Lunatic asylums Punjab 1911-1921 - 1911-1921
Year: 1911
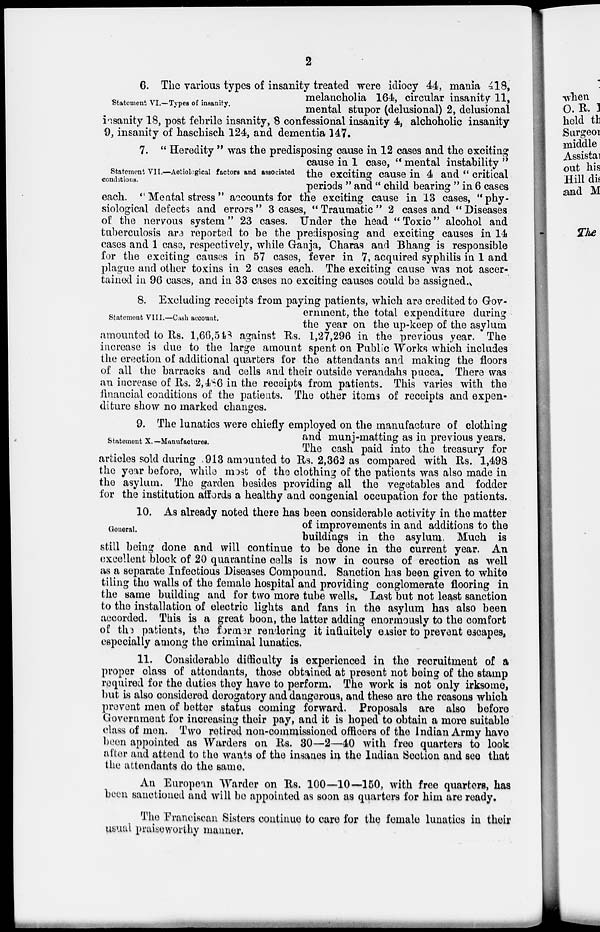
2
Statement VI.—Types of insanity.
6. The various types of insanity treated were idiocy 44, mania 418,
melancholia 164, circular insanity 11,
mental stupor (delusional) 2, delusional
insanity 18, post febrile insanity, 8 confessional insanity 4, alchoholic insanity
9, insanity of haschisch 124, and dementia 147.
Statement VII.—Aetiological factors and associated
conditions.
7. " Heredity " was the predisposing cause in 12 cases and the exciting
cause in 1 case, " mental instability "
the exciting cause in 4 and " critical
periods " and " child bearing " in 6 cases
each. "Mental stress" accounts for the exciting cause in 13 cases, "phy-
siological defects and errors" 3 cases, " Traumatic " 2 cases and " Diseases
of the nervous system" 23 cases. Under the head "Toxic" alcohol and
tuberculosis are reported to be the predisposing and exciting causes in 14
cases and 1 case, respectively, while Ganja, Charas and Bhang is responsible
for the exciting causes in 57 cases, fever in 7, acquired syphilis in 1 and
plague and other toxins in 2 cases each. The exciting cause was not ascer-
tained in 96 cases, and in 33 cases no exciting causes could be assigned.
Statement VIII.—Cash account.
8. Excluding receipts from paying patients, which are credited to Gov-
ernment, the total expenditure during
the year on the up-keep of the asylum
amounted to Rs. 1,66,543 against Rs. 1,27,296 in the previous year. The
increase is due to the large amount spent on Public Works which includes
the erection of additional quarters for the attendants and making the floors
of all the barracks and cells and their outside verandahs pucca. There was
an increase of Rs. 2,486 in the receipts from patients. This varies with the
financial conditions of the patients. The other items of receipts and expen-
diture show no marked changes.
Statement X.—Manufactures.
9. The lunatics were chiefly employed on the manufacture of clothing
and munj-matting as in previous years.
The cash paid into the treasury for
articles sold during 913 amounted to Rs. 2,362 as compared with Rs. 1,498
the year before, while most of the clothing of the patients was also made in
the asylum. The garden besides providing all the vegetables and fodder
for the institution affords a healthy and congenial occupation for the patients.
General.
10. As already noted there has been considerable activity in the matter
of improvements in and additions to the
buildings in the asylum. Much is
still being done and will continue to be done in the current year. An
excellent block of 20 quarantine cells is now in course of erection as well
as a separate Infectious Diseases Compound. Sanction has been given to white
tiling the walls of the female hospital and providing conglomerate flooring in
the same building and for two more tube wells. Last but not least sanction
to the installation of electric lights and fans in the asylum has also been
accorded. This is a great boon, the latter adding enormously to the comfort
of the patients, the former rendering it infinitely easier to prevent escapes,
especially among the criminal lunatics.
11. Considerable difficulty is experienced in the recruitment of a
proper class of attendants, those obtained at present not being of the stamp
required for the duties they have to perform. The work is not only irksome,
but is also considered derogatory and dangerous, and these are the reasons which
prevent men of better status coming forward. Proposals are also before
Government for increasing their pay, and it is hoped to obtain a more suitable
class of men. Two retired non-commissioned officers of the Indian Army have
been appointed as Warders on Rs. 30—2—40 with free quarters to look
after and attend to the wants of the insanes in the Indian Section and see that
the attendants do the same.
An European Warder on Rs. 100—10—150, with free quarters, has
been sanctioned and will be appointed as soon as quarters for him are ready.
The Franciscan Sisters continue to care for the female lunatics in their
usual praiseworthy manner.